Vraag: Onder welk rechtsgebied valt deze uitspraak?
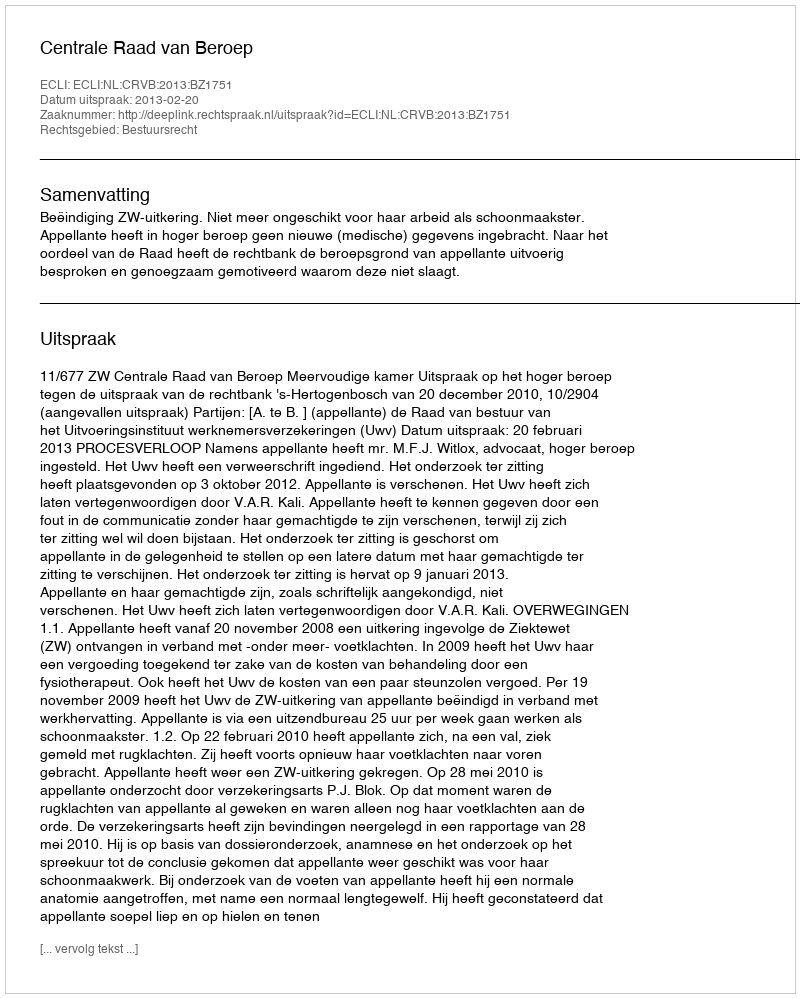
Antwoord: Bestuursrecht